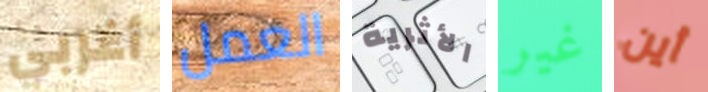
أغربي العمل الأثرية غير أين